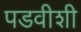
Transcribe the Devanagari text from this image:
पडवीशी